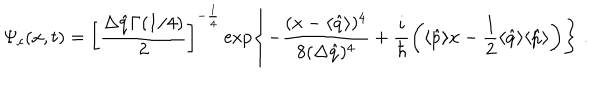
LaTeX: \Psi _ { c } ( x , t ) = \left[ \frac { \Delta \hat { q } \Gamma ( 1 / 4 ) } { 2 } \right] ^ { - \frac { 1 } { 4 } } \exp \left\{ - \frac { ( x - \langle \hat { q } \rangle ) ^ { 4 } } { 8 ( \Delta \hat { q } ) ^ { 4 } } + \frac { i } { \hbar } \left( \langle \hat { p } \rangle x - \frac { 1 } { 2 } \langle \hat { q } \rangle \langle \hat { p } \rangle \right) \right\} \; .